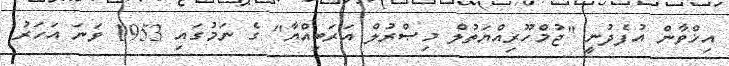
އިޚްވާން އުފެދުނީ "ޖުމްހޫރިއްޔަތުލް މިޞްރުލް އަރަބިއްޔާ" ގެ ނަމުގައި 1953 ވަނަ އަހަރު